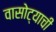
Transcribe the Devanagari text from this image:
वासोट्याची